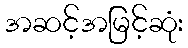
အဆင့်အမြင့်ဆုံး